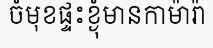
ចំមុខផ្ទះខ្ងុំមានកាម៉ារ៉ា